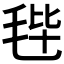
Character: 𣭤